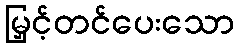
မြှင့်တင်ပေးသော